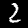
Digit: 2